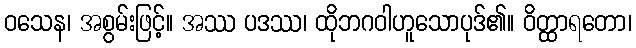
ဝသေန၊ အစွမ်းဖြင့်။ အဿ ပဒဿ၊ ထိုဘဂဝါဟူသောပုဒ်၏။ ဝိတ္ထာရတော၊